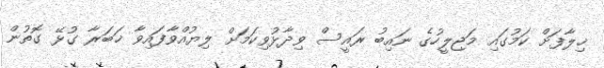
ޚިލާފަށް ކަމުގައި މަޖިލީހުގެ ނައިބު ރައީސް ވިދާޅުވިކަމަށް ލިޔުއްވާފައިވާ ޚަބަރާ ގުޅޭ ގޮތުން